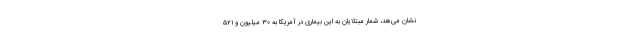
نشان می‌هد، شمار مبتلایان به این بیماری در آمریکا به ۳۰ میلیون و ۵۲۱